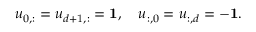
u _ { 0 , : } = u _ { d + 1 , : } = \mathbf { 1 } , \quad u _ { : , 0 } = u _ { : , d } = - \mathbf { 1 } .